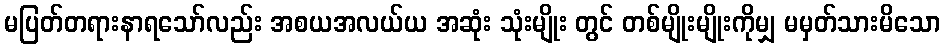
မပြတ်တရားနာရသော်လည်း အစယအလယ်ယ အဆုံး သုံးမျိုး တွင် တစ်မျိုးမျိုးကိုမျှ မမှတ်သားမိသော